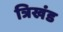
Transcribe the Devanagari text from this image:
त्रिखंड